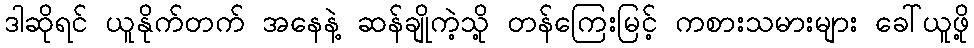
ဒါဆိုရင် ယူနိုက်တက် အနေနဲ့ ဆန်ချိုကဲ့သို့ တန်ကြေးမြင့် ကစားသမားများ ခေါ်ယူဖို့